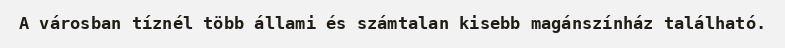
A városban tíznél több állami és számtalan kisebb magánszínház található.